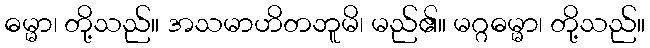
ဓမ္မာ၊ တို့သည်။ အသမာဟိတဘူမိ၊ မည်၏။ မဂ္ဂဓမ္မာ၊ တို့သည်။